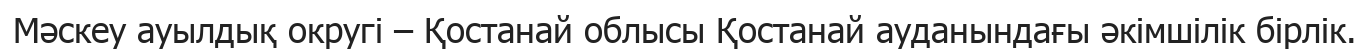
Мәскеу ауылдық округі – Қостанай облысы Қостанай ауданындағы әкімшілік бірлік.